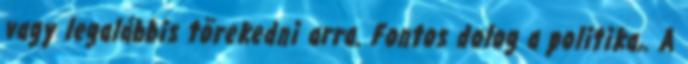
vagy legalábbis törekedni arra. Fontos dolog a politika,. A